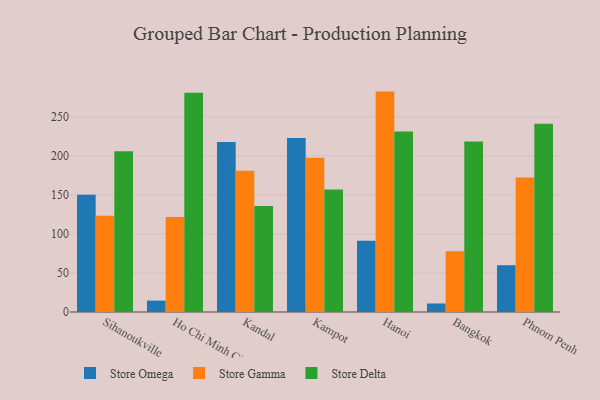
{"axis": {"x": "City", "y": "Gross Profit (USD K)"}, "legend": ["Store Delta", "Store Gamma", "Store Omega"], "data": [{"x": "Sihanoukville", "y": 150.1, "type": "Store Omega"}, {"x": "Sihanoukville", "y": 123.2, "type": "Store Gamma"}, {"x": "Sihanoukville", "y": 205.7, "type": "Store Delta"}, {"x": "Ho Chi Minh City", "y": 14.6, "type": "Store Omega"}, {"x": "Ho Chi Minh City", "y": 121.6, "type": "Store Gamma"}, {"x": "Ho Chi Minh City", "y": 280.8, "type": "Store Delta"}, {"x": "Kandal", "y": 217.6, "type": "Store Omega"}, {"x": "Kandal", "y": 180.9, "type": "Store Gamma"}, {"x": "Kandal", "y": 135.6, "type": "Store Delta"}, {"x": "Kampot", "y": 222.7, "type": "Store Omega"}, {"x": "Kampot", "y": 197.6, "type": "Store Gamma"}, {"x": "Kampot", "y": 156.8, "type": "Store Delta"}, {"x": "Hanoi", "y": 91.1, "type": "Store Omega"}, {"x": "Hanoi", "y": 282.2, "type": "Store Gamma"}, {"x": "Hanoi", "y": 231.2, "type": "Store Delta"}, {"x": "Bangkok", "y": 10.9, "type": "Store Omega"}, {"x": "Bangkok", "y": 77.9, "type": "Store Gamma"}, {"x": "Bangkok", "y": 218.4, "type": "Store Delta"}, {"x": "Phnom Penh", "y": 59.9, "type": "Store Omega"}, {"x": "Phnom Penh", "y": 172.1, "type": "Store Gamma"}, {"x": "Phnom Penh", "y": 241.1, "type": "Store Delta"}]}